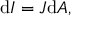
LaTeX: \mathrm { d } I = J { \mathrm { d } A } , \,